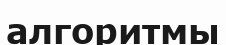
алгоритмы